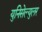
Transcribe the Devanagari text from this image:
युनिसेल्युलर